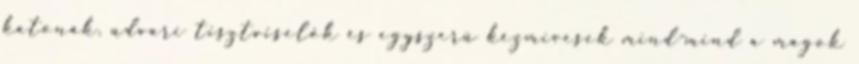
katonák, udvari tisztviselők és egyszerü kézmivesek mind-mind a magok